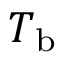
T _ { \mathrm { b } }